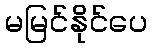
မမြင်နိုင်ပေ